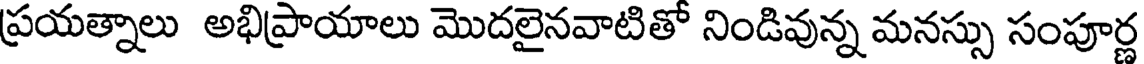
ప్రయత్నాలు అభిప్రాయాలు మొదలైనవాటితో నిండివున్న మనస్సు సంపూర్ణ